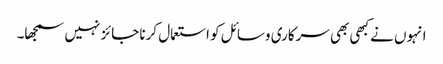
انہوں نے کبھی بھی سرکاری وسائل کو استعمال کرنا جائز نہیں سمجھا۔